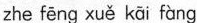
zhe fēng xuě kāi fàng